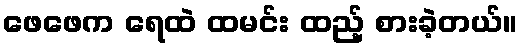
ဖေဖေက ရေထဲ ထမင်း ထည့် စားခဲ့တယ်။